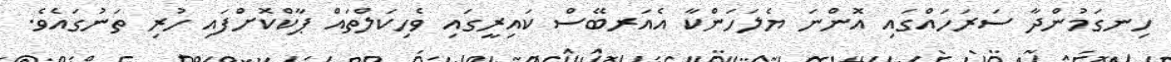
ހިނގަމުންދާ ސަރަހައްގައި އޮންނަ ޔެލަހަންކާ އެއަރބޭސް ކައިރީގައި ވެހިކަލްތައް ޕާކްކޮށްފައި ހުރި ތަނުގައެވެ.